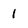
Character: 1